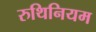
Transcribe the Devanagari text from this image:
रुथिनियम